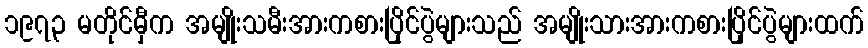
၁၉၇၃ မတိုင်မှီက အမျိုးသမီးအားကစားပြိုင်ပွဲများသည် အမျိုးသားအားကစားပြိုင်ပွဲများထက်